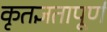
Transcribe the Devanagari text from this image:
कृतज्ञतापूर्ण